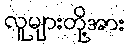
လူများတို့အား